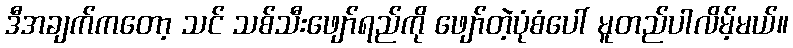
ဒီအချက်ကတော့ သင် သစ်သီးဖျော်ရည်ကို ဖျော်တဲ့ပုံစံပေါ် မူတည်ပါလိမ့်မယ်။